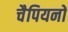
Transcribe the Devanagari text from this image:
चैपियनों